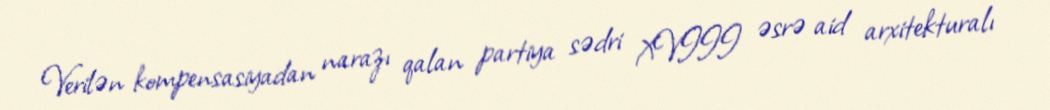
Verilən kompensasiyadan narazı qalan partiya sədri XVIII əsrə aid arxitekturalı